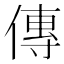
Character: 傳